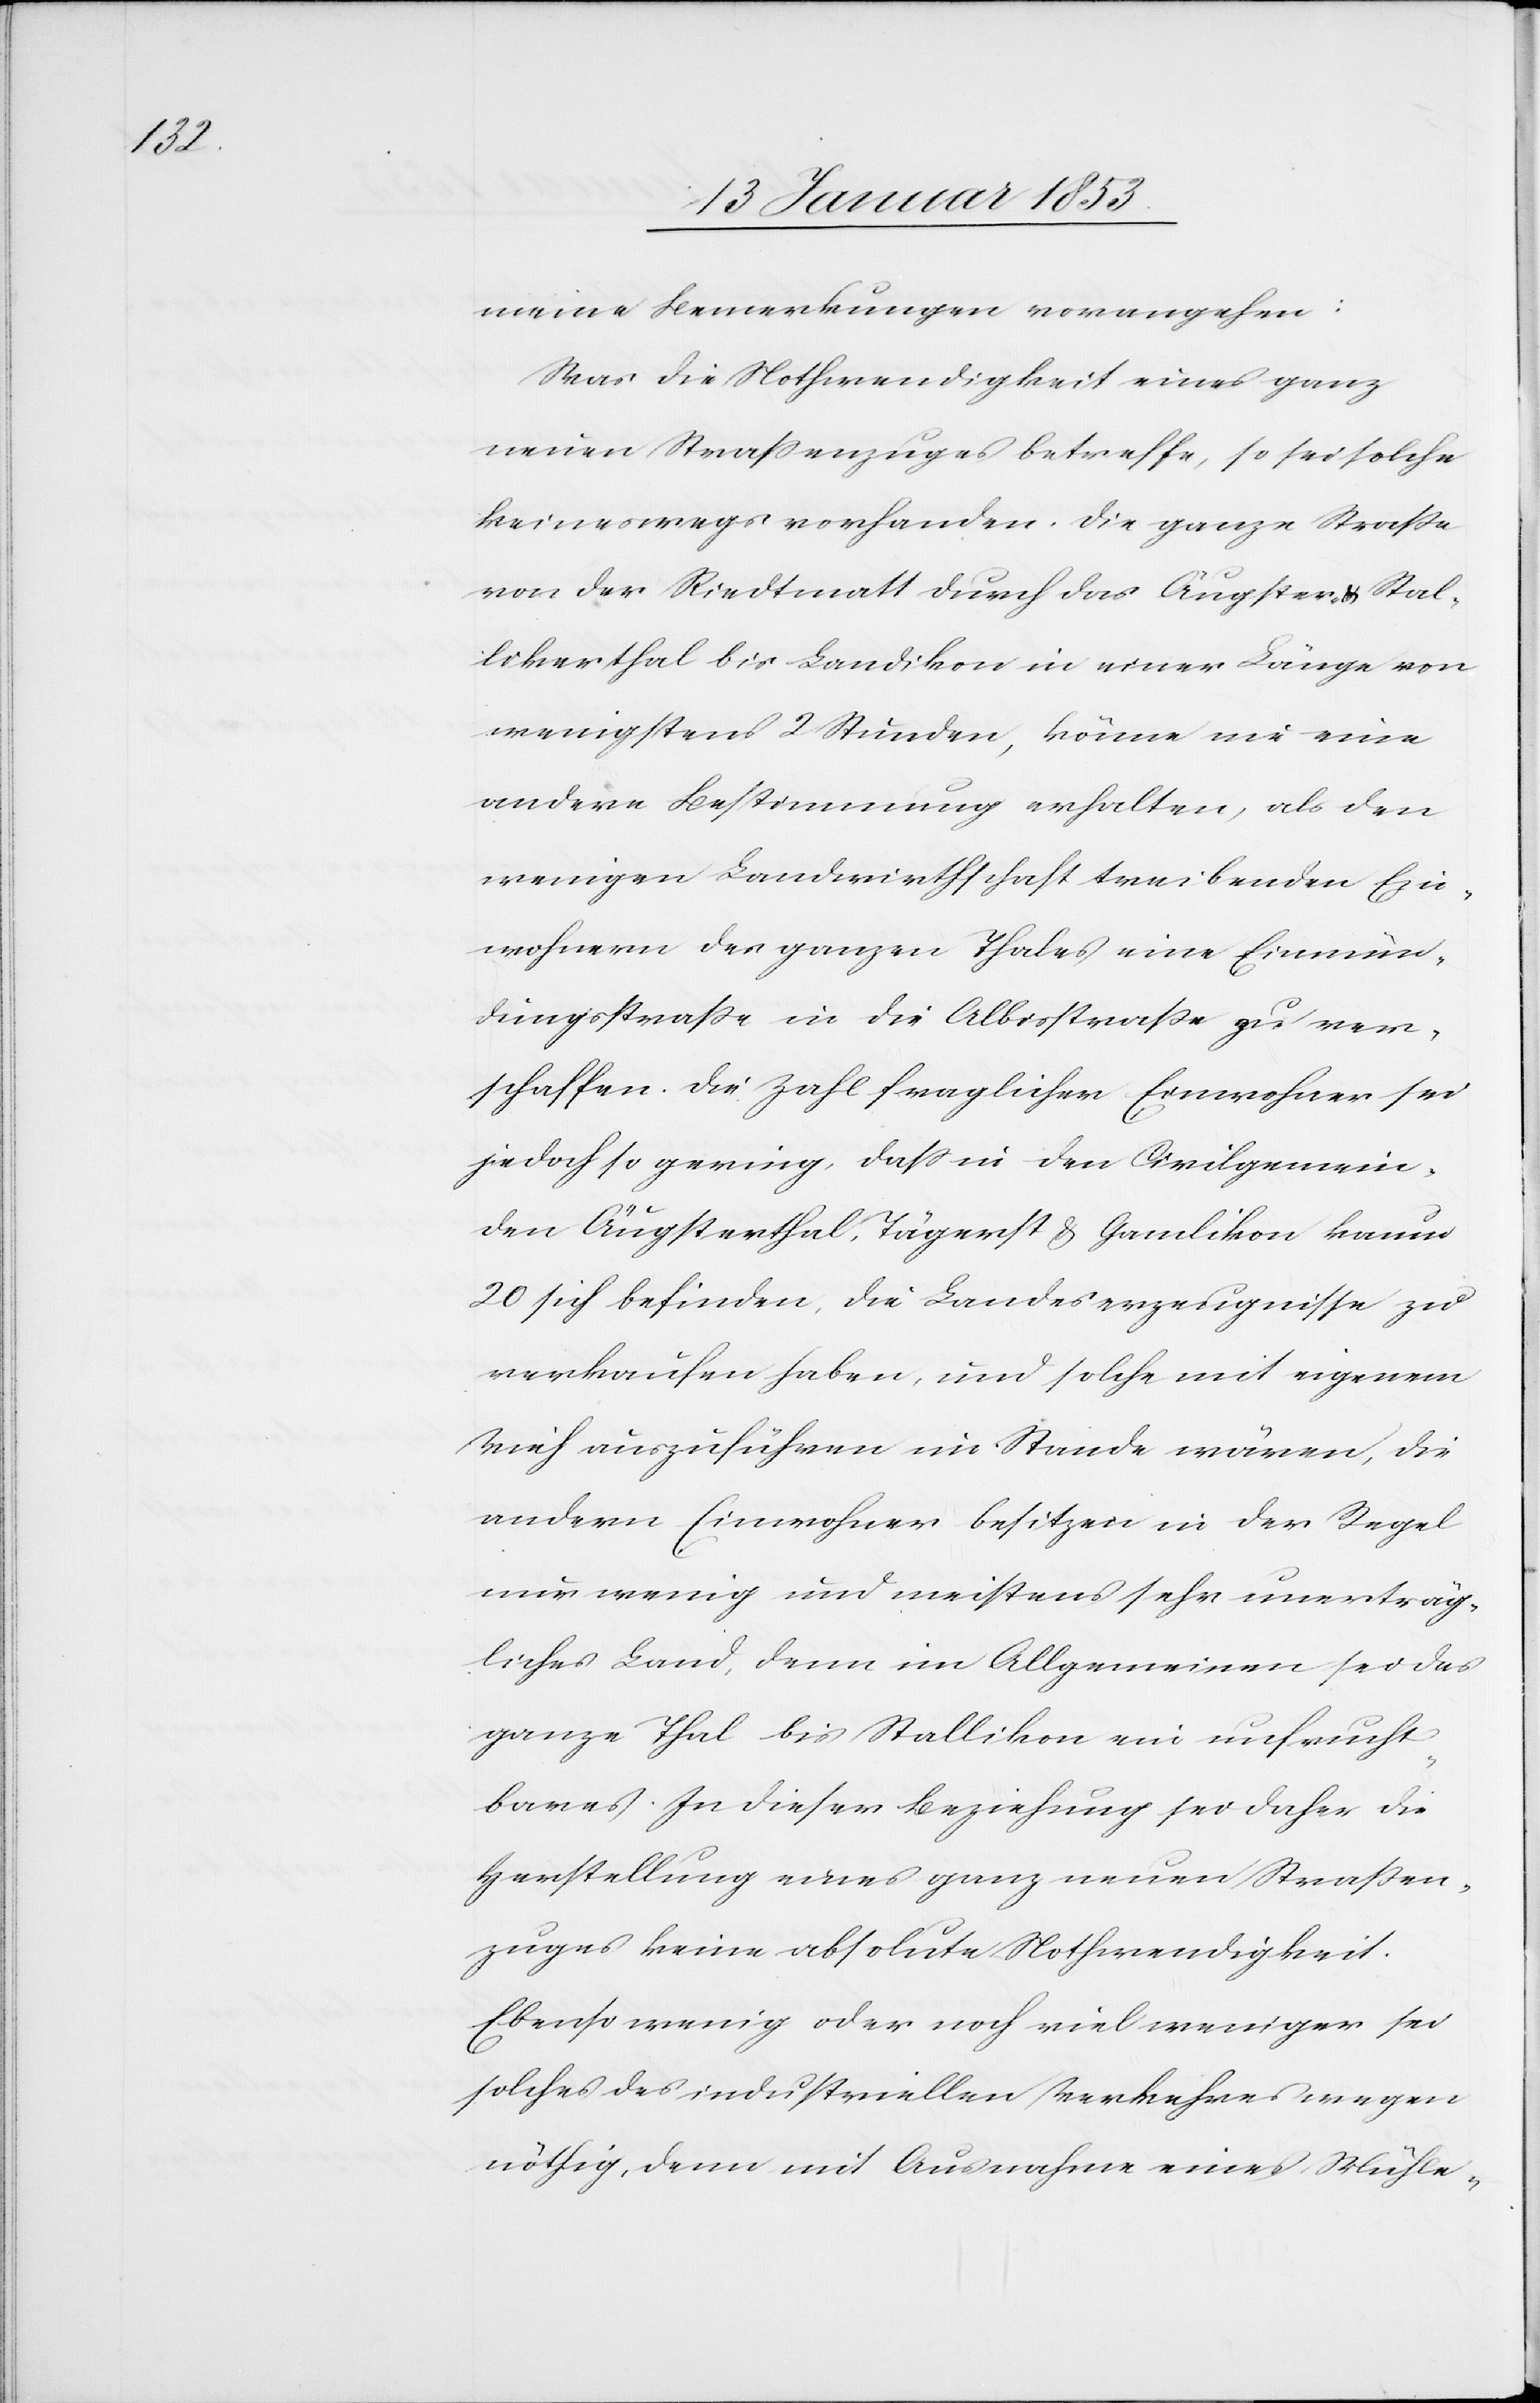
meine Bemerkungen vorangehen:
Was die Nothwendigkeit eines ganz
neuen Strassenzuges betreffe, so sei solche
keineswegs vorhanden. Die ganze Strasse
von der Riedtmatt durch das Äugster- u. Stal¬
likerthal bis Landikon in einer Länge von
wenigstens 2 Stunden, könne nie eine
andere Bestimmung erhalten, als den
wenigen Landwirthschaft treibenden Ein¬
wohnern des ganzen Thales eine Einmün¬
dungsstrasse in die Albisstrasse zu ver¬
schaffen. Die Zahl fraglicher Einwohner sei
jedoch so gering, dass in den Civilgemein¬
den Äugsterthal, Tägerst & Gamlikon kaum
20 sich befinden, die Landeserzeugnisse zu
verkaufen haben, und solche mit eigenem
Vieh auszuführen im Stande wären, die
andern Einwohner besitzen in der Regel
nur wenig und meistens sehr unerträg¬
liches Land, denn im Allgemeinen sei das
ganze Thal bis Stallikon ein unfrucht¬
bares. In dieser Beziehung sei daher die
Herstellung eines ganz neuen Strassen¬
zuges keine absolute Nothwendigkeit.
Ebensowenig oder noch viel weniger sei
solches des industriellen Verkehres wegen
nöthig, denn mit Ausnahme eines Mühle-